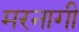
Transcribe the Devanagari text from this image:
मरनागी